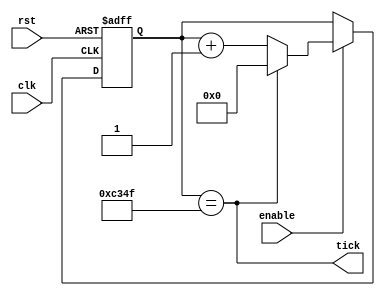
module counter_1hz #(
    parameter CLK_FREQ = 50_000
) (
    clk,
    rst,
    enable,
    tick
);

  // region module ports
  input wire clk;
  input wire rst;
  input wire enable;
  output wire tick;
  // endregion module ports

  // region module behavior
  parameter COUNTER_BITS = $clog2(CLK_FREQ);
  reg [COUNTER_BITS-1:0] r_count;

  assign tick = (r_count == (CLK_FREQ - 1));

  always @(posedge clk or posedge rst) begin
    if (rst) begin
      r_count <= 0;
    end else if (enable) begin
      if (tick) r_count <= 0;
      else r_count <= r_count + 1;
    end
  end
  // endregion module behavior

endmodule  //counter_1hz